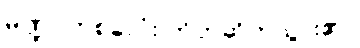
မဏ္ဍပ်တစ်ခုလုံး တိတ်ဆိတ်သွား၏။